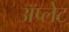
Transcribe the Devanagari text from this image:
ॲप्लेट